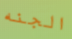
الجنه